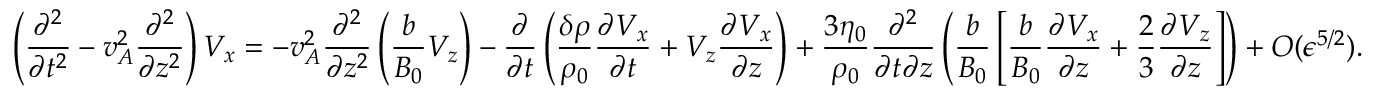
\left( \frac { \partial ^ { 2 } } { \partial t ^ { 2 } } - v _ { A } ^ { 2 } \frac { \partial ^ { 2 } } { \partial z ^ { 2 } } \right) V _ { x } = - v _ { A } ^ { 2 } \frac { \partial ^ { 2 } } { \partial z ^ { 2 } } \left( \frac { b } { B _ { 0 } } V _ { z } \right) - \frac { \partial } { \partial t } \left( \frac { \delta \rho } { \rho _ { 0 } } \frac { \partial V _ { x } } { \partial t } + V _ { z } \frac { \partial V _ { x } } { \partial z } \right) + \frac { 3 \eta _ { 0 } } { \rho _ { 0 } } \frac { \partial ^ { 2 } } { \partial t \partial z } \left( \frac { b } { B _ { 0 } } \left[ \frac { b } { B _ { 0 } } \frac { \partial V _ { x } } { \partial z } + \frac { 2 } { 3 } \frac { \partial V _ { z } } { \partial z } \right] \right) + O ( \epsilon ^ { 5 / 2 } ) .